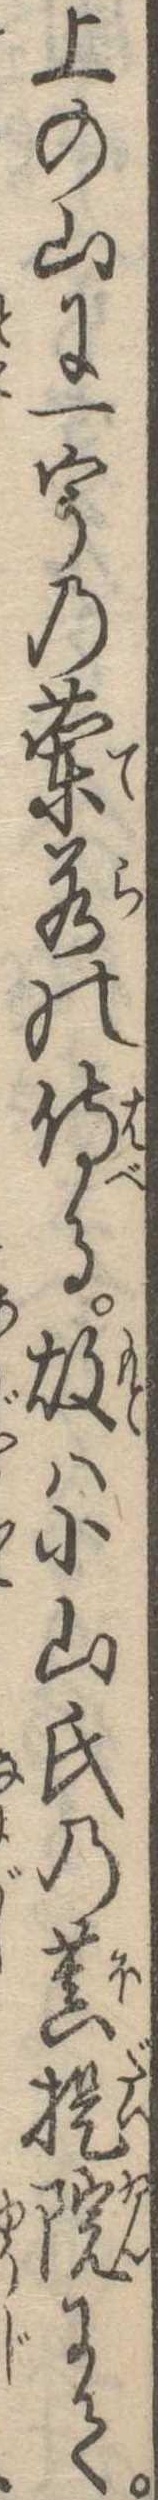
上の山に一宇の蘭若の侍る故は小山氏の菩提院にて